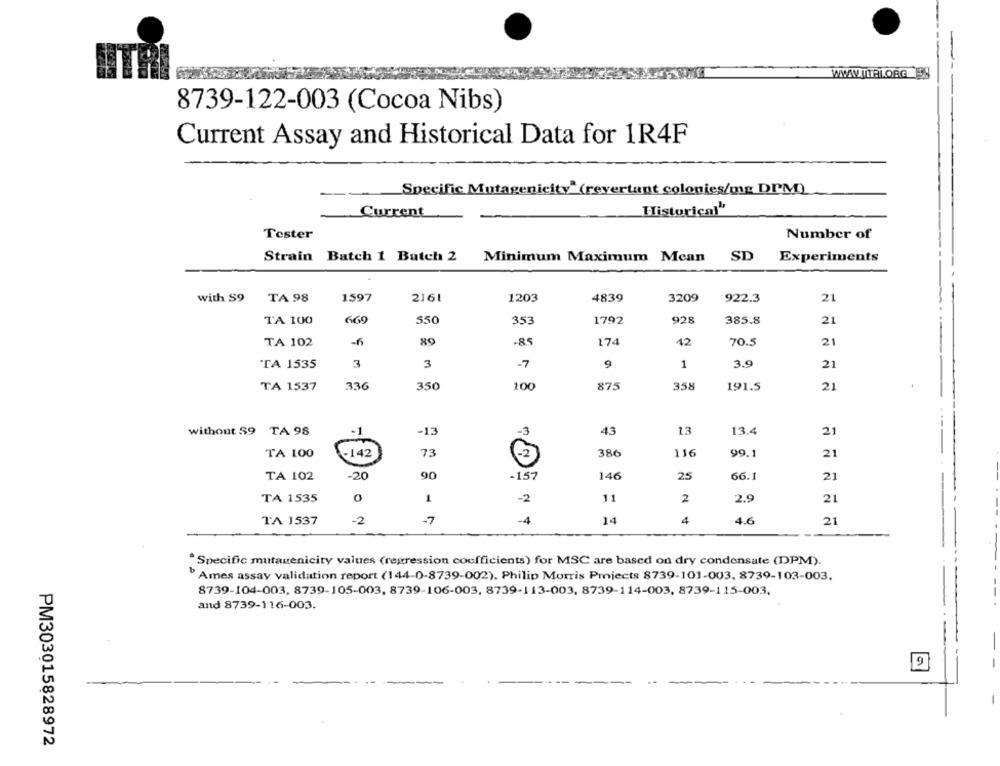
WWW.ILPLORG ES
8739-122-003 (Cocoa Nibs)
Current Assay and Historical Data for 1R4F
Specific Mutagenicity" (revertant colonies/mg DPM)
Historical'
Current
Tester
Number of
Strain Batch 1 Batch 2
Minimum Maximum Mean SD
Experiments
with S9
TA 98
1597
2161
1203
4839
3209
922.3
21
TA 100
669
550
353
1792
928
385.8
21
TA 102
-6
-85
174
42
70.5
21
TA 1535
3
3
-7
9
1
3.9
21
TA 1537
336
350
100
875
358
191.5
21
13
13.4
without S9 TA 98
TA 98
-1
-13
-3
43
21
73
-2
386
116
21
TA 100
-142
99.1
TA 102
-20
90
-157
146
25
66.1
21
TA 1535
1
-2
11
2
2.9
21
TA 1537
-2
-7
-4
14
4
4.6
21
"Specific mutagenicity values (regression coefficients) for MSC are based on dry condensate (DPM).
Ames assay validation report (144-0-8739-002), Philip Morris Projects 8739-101-003, 8739-103-003.
8739-104-003, 8739-105-003, 8739-106-003, 8739-113-003, 8739-114-003, 8739-115-003.
and 8739-116-003.
9
PM303015828972